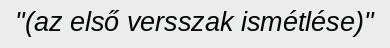
"(az első versszak ismétlése)"